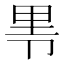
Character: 𰆐